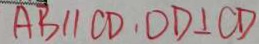
A B / / C D , O D \bot C D